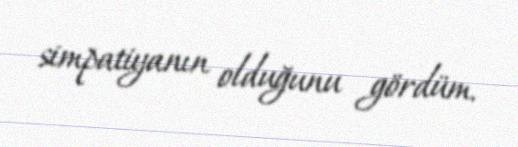
simpatiyanın olduğunu gördüm.